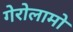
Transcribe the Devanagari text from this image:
गेरोलामो